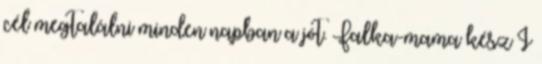
cél megtalálni minden napban a jót. Falka-mama kész I